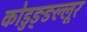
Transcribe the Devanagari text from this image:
कोडुङ्ङल्लूर